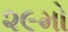
૨૯મો